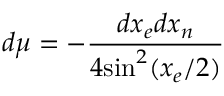
d \mu = - \frac { d x _ { e } d x _ { n } } { 4 \mathrm { s i n } ^ { 2 } ( x _ { e } / 2 ) }